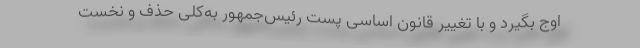
اوج بگیرد و با تغییر قانون اساسی پست رئیس‌جمهور به‌کلی حذف و نخست